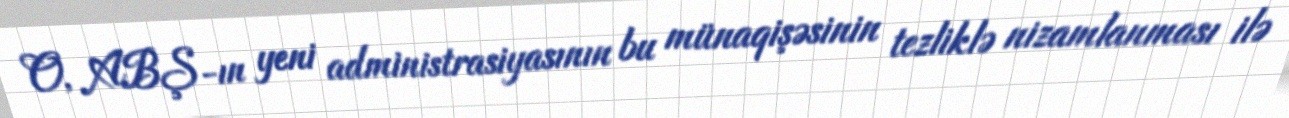
O, ABŞ-ın yeni administrasiyasının bu münaqişəsinin tezliklə nizamlanması ilə